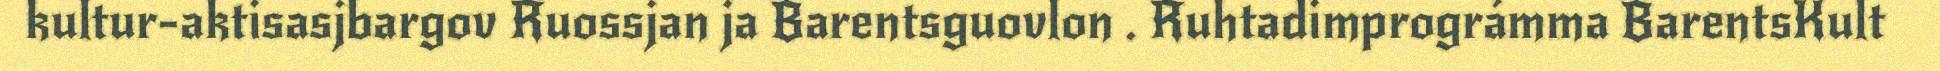
kultur-aktisasjbargov Ruossjan ja Barentsguovlon . Ruhtadimprográmma BarentsKult